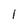
Character: 1